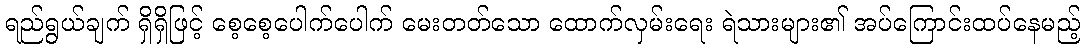
ရည်ရွယ်ချက် ရှိရှိဖြင့် စေ့စေ့ပေါက်ပေါက် မေးတတ်သော ထောက်လှမ်းရေး ရဲသားများ၏ အပ်ကြောင်းထပ်နေမည့်